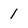
Character: 1